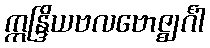
ဣန္ဒြိယဗလဗောဇ္ဈင်္ဂါ